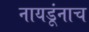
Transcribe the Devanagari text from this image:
नायडूंनाच